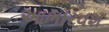
આભારવશ